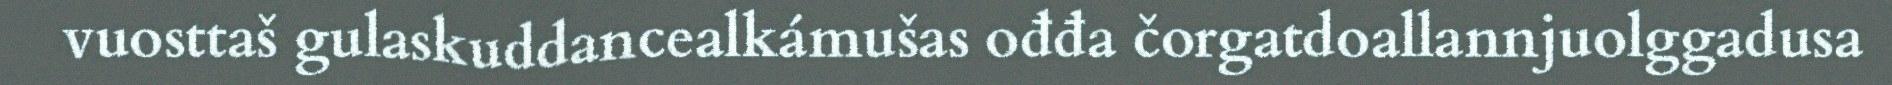
vuosttaš gulaskuddancealkámušas ođđa čorgatdoallannjuolggadusa